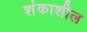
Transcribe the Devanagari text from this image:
शंकाशील